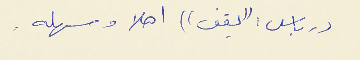
درباس : ((يقف)) اهلا وسهله .